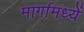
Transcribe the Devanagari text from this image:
मार्गामध्यें